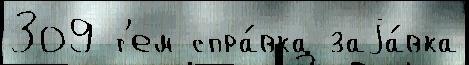
309 т'ем спра́вка заjа́вка